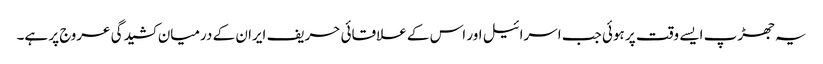
یہ جھڑپ ایسے وقت پر ہوئی جب اسرائیل اور اس کے علاقائی حریف ایران کے درمیان کشیدگی عروج پر ہے۔